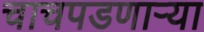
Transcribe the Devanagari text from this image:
चाचपडणाऱ्या